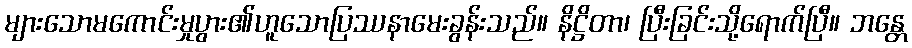
များသောမကောင်းမှုပွား၏ဟူသောပြဿနာမေးခွန်းသည်။ နိဋ္ဌိတာ၊ ပြီးခြင်းသို့ရောက်ပြီ။ ဘန္တေ